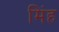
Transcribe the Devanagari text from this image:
मिंह